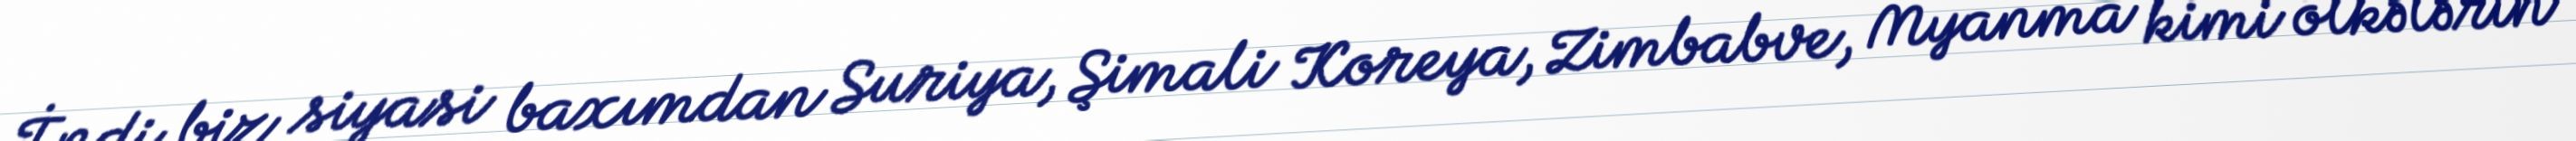
İndi biz siyasi baxımdan Suriya, Şimali Koreya, Zimbabve, Myanma kimi ölkələrin